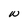
Character: W